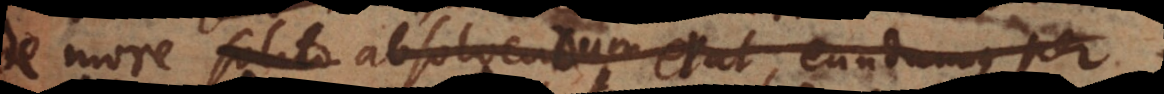
more solito absolvendum erat, eundemque per